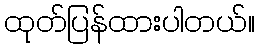
ထုတ်ပြန်ထားပါတယ်။